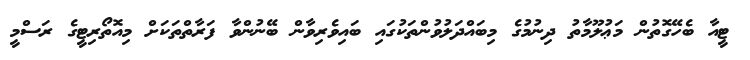
ޓީއާ ބެހޭގޮތުން މަޢުލޫމާތު ދިނުމުގެ މިބައްދަލުވުންތަކުގައި ބައިވެރިވާން ބޭނުންވާ ފަރާތްތަކަށް މިއޮތޯރިޓީގެ ރަސްމީ